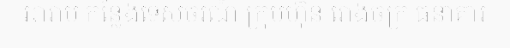
អារាម កន្លែងទេសចរណ៍ ក្រុមហ៊ុន រោងចក្រ ធនាគារ